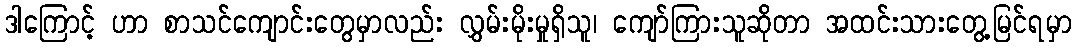
ဒါကြောင့် ဟာ စာသင်ကျောင်းတွေမှာလည်း လွှမ်းမိုးမှုရှိသူ၊ ကျော်ကြားသူဆိုတာ အထင်းသားတွေ့မြင်ရမှာ